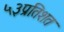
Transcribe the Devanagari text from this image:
५३प्रतिशत